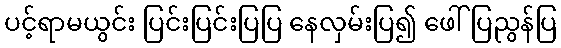
ပင့်ရာမယွင်း ပြင်းပြင်းပြပြ နေလှမ်းပြ၍ ဖေါ်ပြညွန်ပြ